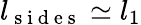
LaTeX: l_{\mathrm{~s~i~d~e~s~}}\simeq l_{1}